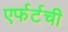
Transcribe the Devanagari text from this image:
एर्फर्टची